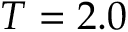
T = 2 . 0